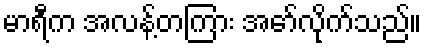
မာရီက အလန့်တကြား အော်လိုက်သည်။